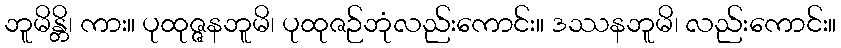
ဘူမိန္တိ၊ ကား။ ပုထုဇ္ဇနဘူမိ၊ ပုထုဇဉ်ဘုံလည်းကောင်း။ ဒဿနဘူမိ၊ လည်းကောင်း။